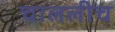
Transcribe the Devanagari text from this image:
चाललीच